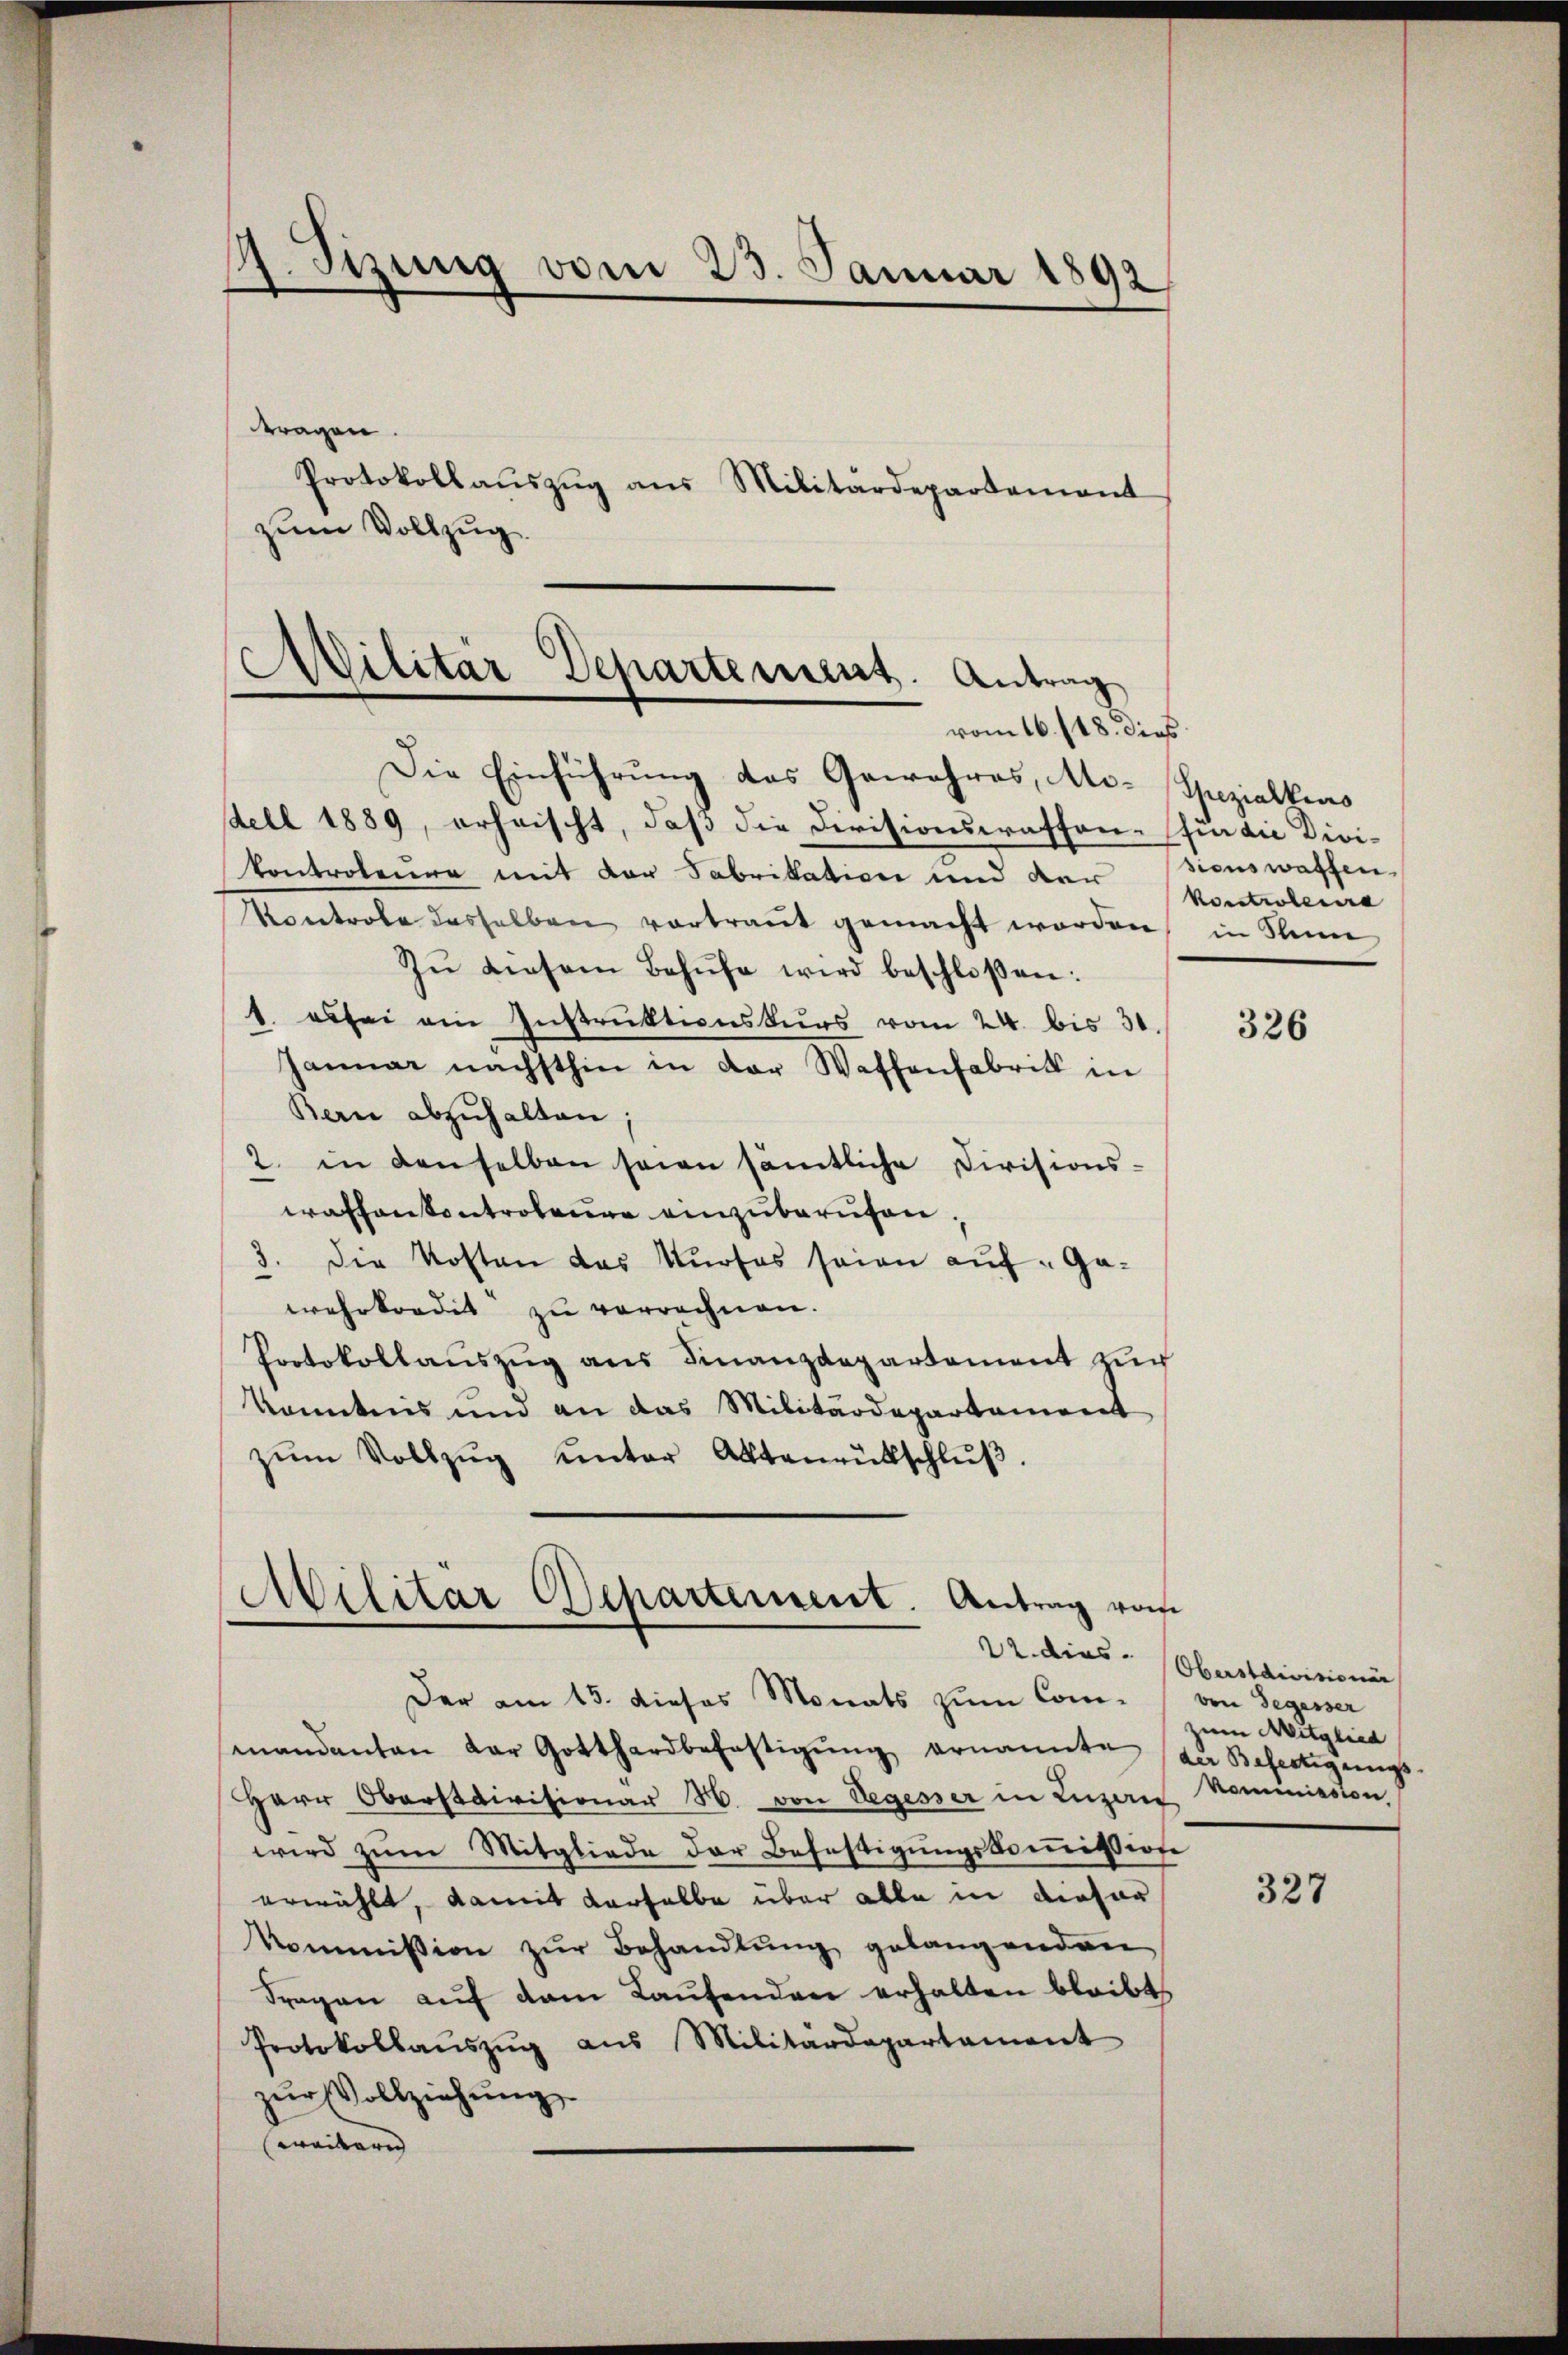
42. Sizung vom 23. Januar 1892
e

tragen.
zum Vollzug.

Die Einführung des Gewahres, Mi-Spezialkins
dell 1889, erheischt, daß die Divisionswassen-(fü die Divikontroleur mit der Fabrikation und der
Kontrole dasselben vortraut gemacht worden, in Stein
Zŭ diesem Behŭfe wird beschloßen:
1. es sei ein Instruktionskurs vom 24. bis 30.
Januar nächsthin in der Waffenfabrik in
Bern abzuhalten
2. in denselben seien sämtliche Divisions-
waffenkontroleure einzuberufen,
3. Die Kosten das Kurses seien auf- Gawehrkordit zu verrechnen.
Protokollaŭszŭg ans Finanzdepartement zŭch
kanntnis und an das Militärdepartement
zŭm Vollzŭg ŭnter Aktenantschlŭβ.

Protokollaŭszŭg aŭs Militärdepartement

mandanten der Gotthardbefestigŭng ernannte (der Befertigungs-
Herr Oberstaivisionar H. von Segesser in Luzern Nominisston,
wird zum Mitgliede der Befestigungskommission
erwählt, damit derselbe über alle in dieser
Kommission zŭr Behandlung gelangenden
Fragen auf dem Laufenden erhalten bleibt
Protokollaŭszŭg aŭs Militärdepartament
zŭr Vollziehŭng
weitern |

Militär Departement. Antrag
vom 16. 118. dies

Abilitär Departement. Antrag vom
Der am 15. dieses Monats zum Com- von Segesser

sionswaffen.
Kontrolera

326

22. dies Oberstdivisionär
zum Mitglied

327